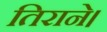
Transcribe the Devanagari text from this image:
तिराने।